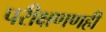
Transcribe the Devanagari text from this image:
परीक्षणणही